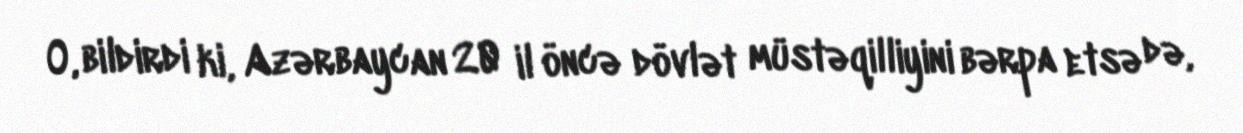
O, bildirdi ki, Azərbaycan 20 il öncə dövlət müstəqilliyini bərpa etsə də,